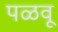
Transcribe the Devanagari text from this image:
पळवू